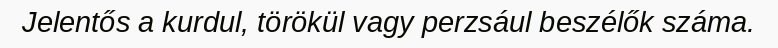
Jelentős a kurdul, törökül vagy perzsául beszélők száma.